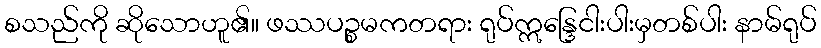
စသည်ကို ဆိုသောဟူ၏။ ဖဿပဉ္စမကတရား ရုပ်ဣန္ဒြေငါးပါးမှတစ်ပါး နာမ်ရုပ်